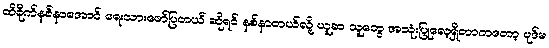
ထိခိုက်နစ်နာအောင် ရေးသားဖော်ပြတယ် ဆိုရင် နစ်နာတယ်လို့ ယူဆ သူတွေ အသုံးပြုလေ့ရှိတာကတော့ ပုဒ်မ